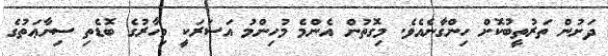
ދަށުން ތަރުތީބުކޮށް ހިންގާނެއެވެ. މިގޮތުން އެންމެ މުހިންމު އަސަރަކީ މިހާރުގެ ބޮޑެތި ސިނާޢަތުގެ